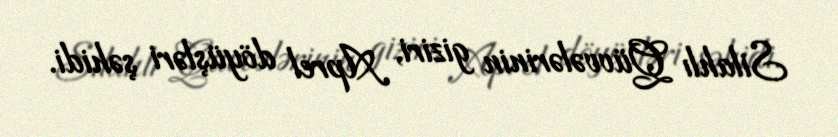
Silahlı Qüvvələrinin giziri, Aprel döyüşləri şəhidi.